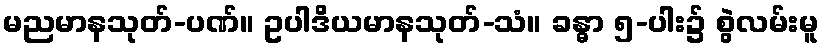
မညမာနသုတ်-ပဏ်။ ဥပါဒိယမာနသုတ်-သံ။ ခန္ဓာ ၅-ပါး၌ စွဲလမ်းမူ